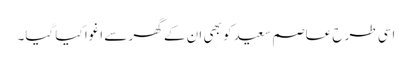
اسی طرح عاصم سعید کو بھی ان کے گھر سے اغوا کیا گیا۔